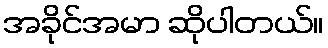
အခိုင်အမာ ဆိုပါတယ်။